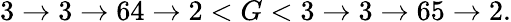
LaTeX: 3\rightarrow 3\rightarrow 64\rightarrow 2<G<3\rightarrow 3\rightarrow 65\rightarrow 2.